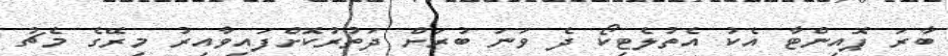
ބާރަ ޕޮއިންޓާ އެކު އެތުލެޓިކޯ ދެ ވަނަ ބުރަށް ދަތުރުކޮށްފައިވާއިރު މިރޭގެ މެޗު